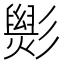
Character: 𢒵